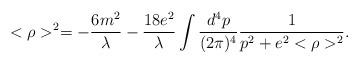
\begin{align*}<\rho>^{2}=-\frac{6m^{2}}{\lambda}-\frac{18e^{2}}{\lambda}\int\frac{d^{4}p}{(2\pi)^{4}}\frac{1}{p^{2}+e^{2}<\rho>^{2}}.\end{align*}